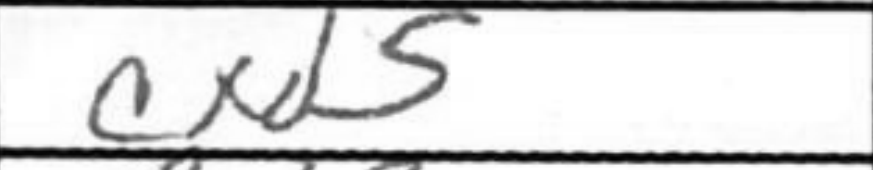
Transcription: cxd5